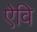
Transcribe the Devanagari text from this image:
ऐवि